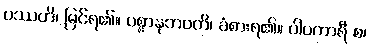
ပဿတိ၊ မြင်ရ၏။ ပစ္စာနုဘဝတိ၊ ခံစားရ၏။ ပါပကာရီ စ၊